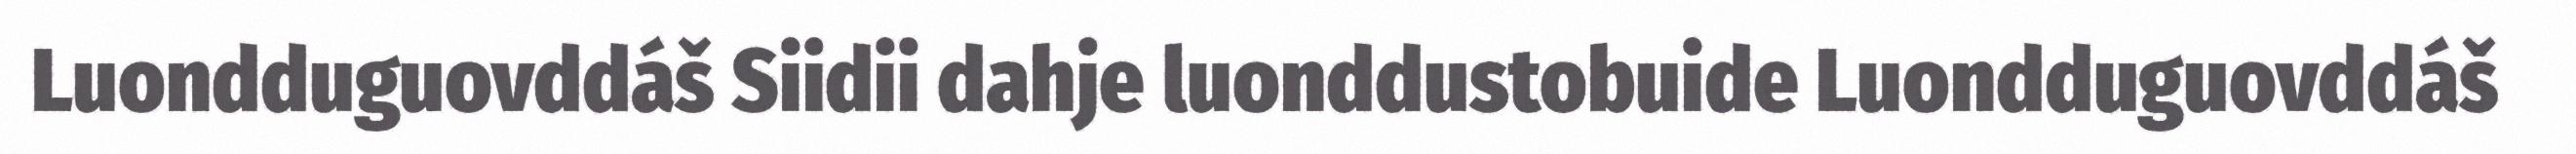
Luondduguovddáš Siidii dahje luonddustobuide Luondduguovddáš